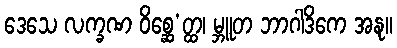
ဒေသေ လက္ခဏ ဝိစ္ဆေ’တ္ထ၊ မ္ဘူတ ဘာဂါဒိကေ အနု။